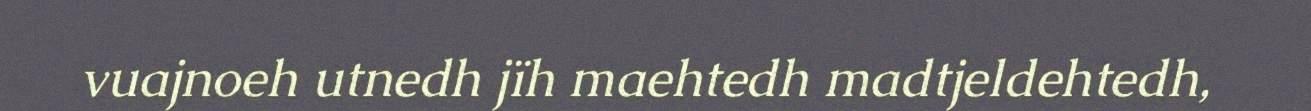
vuajnoeh utnedh jïh maehtedh madtjeldehtedh,